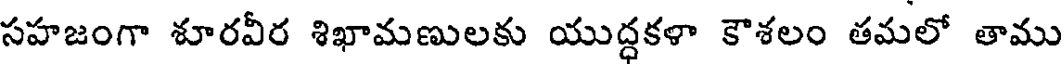
సహజంగా శూరవీర శిఖామణులకు యుద్ధకళా కౌశలం తమలో తాము